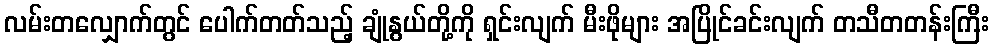
လမ်းတလျှောက်တွင် ပေါက်တတ်သည့် ချုံနွယ်တို့ကို ရှင်းလျက် မီးဖိုများ အပြိုင်ခင်းလျက် တသီတတန်းကြီး